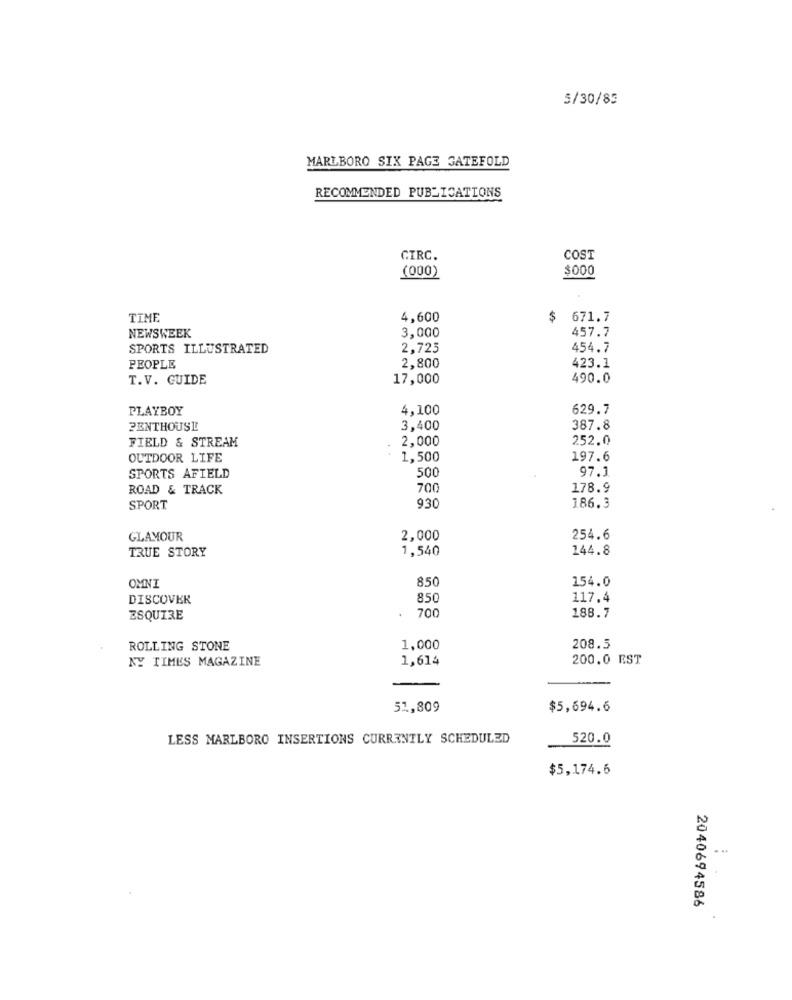
5/30/85
MARLBORO SIX PAGE GATEFOLD
RECOMMENDED PUBLICATIONS
CIRC.
COST
(000)
$000
TIME
4,600
$
671.7
3,000
NEWSWEEK
457.7
SPORTS ILLUSTRATED
2,725
454.7
2,800
PEOPLE
423.1
T.V. GUIDE
17,000
490.0
PLAYBOY
4,100
629.7
PENTHOUSE
3.400
387.8
FIELD & STREAM
2,000
252.0
..
OUTDOOR LIFE
1,500
197.6
500
97.1
SPORTS AFIELD
ROAD & TRACK
700
178.9
SPORT
930
186.3
GLAMOUR
2,000
254.6
1,540
144.8
TRUE STORY
850
154.0
OMNI
DISCOVER
850
117.4
700
ESQUIRE
188.7
ROLLING STONE
1,000
208.5
NY TIMES MAGAZINE
1,614
200.0 EST
51,809
$5,694.6
LESS MARLBORO INSERTIONS CURRENTLY SCHEDULED
520.0
$5,174.6
...
2040694586